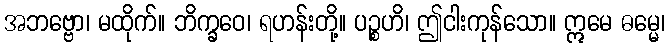
အဘဗ္ဗော၊ မထိုက်။ ဘိက္ခဝေ၊ ရဟန်းတို့။ ပဉ္စဟိ၊ ဤငါးကုန်သော။ ဣမေ ဓမ္မေ၊